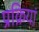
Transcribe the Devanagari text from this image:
प्रक्रियां